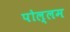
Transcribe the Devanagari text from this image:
पोल्लम